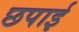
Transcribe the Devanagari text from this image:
छपार्इ